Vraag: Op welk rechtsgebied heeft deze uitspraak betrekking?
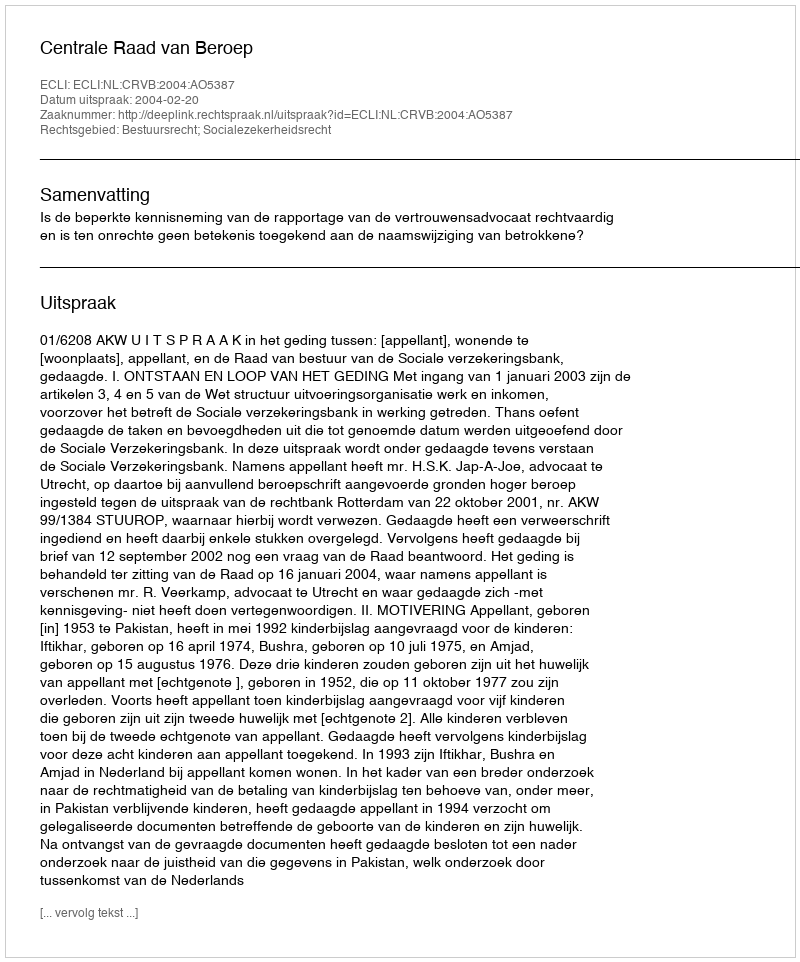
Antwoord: Bestuursrecht; Socialezekerheidsrecht